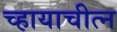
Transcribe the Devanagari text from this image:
च्हायाचीत्न